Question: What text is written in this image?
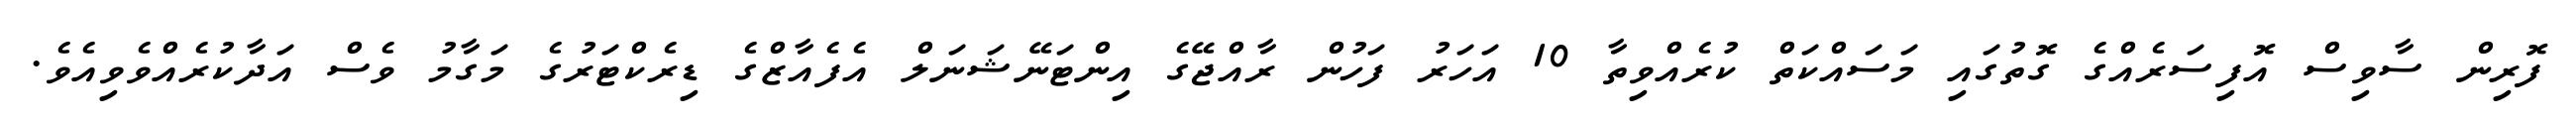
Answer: ފޮރިން ސާވިސް އޮފިސަރެއްގެ ގޮތުގައި މަސައްކަތް ކުރެއްވިތާ 10 އަހަރު ފަހުން ރާއްޖޭގެ އިންޓަނޭޝަނަލް އެފެއާޒްގެ ޑިރެކްޓަރުގެ މަގާމު ވެސް އަދާކުރެއްވެވިއެވެ.